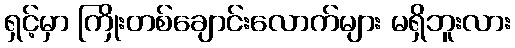
ရှင့်မှာ ကြိုးတစ်ချောင်းလောက်များ မရှိဘူးလား